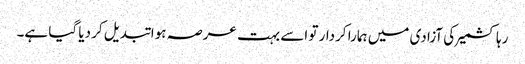
رہا کشمیر کی آزادی میں ہمارا کردار تو اسے بہت عرصہ ہوا تبدیل کر دیا گیا ہے۔